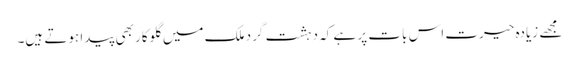
مجھے زیادہ حیرت اس بات پر ہے کہ دہشت گرد ملک میں گلوکار بھی پیدا ہوتے ہیں۔